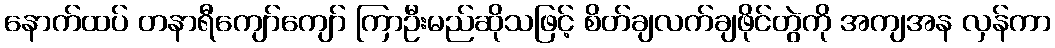
နောက်ထပ် တနာရီကျော်ကျော် ကြာဦးမည်ဆိုသဖြင့် စိတ်ချလက်ချဖိုင်တွဲကို အကျအန လှန်ကာ